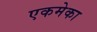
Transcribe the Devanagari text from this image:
एकमेका